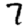
Digit: 7